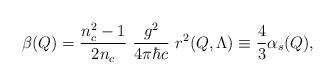
LaTeX: \begin{align*}\beta(Q) = {n_c^2-1\over 2n_c} \ {g^2\over 4\pi \hbar c} \ r^2(Q,\Lambda) \equiv {4\over3} \alpha_s(Q),\end{align*}